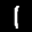
Label: 1